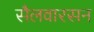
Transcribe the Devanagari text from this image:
सैलवारसन